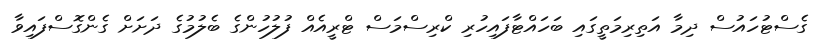
ގެސްޓުހައުސް ދިމާ އަތިރިމަތީގައި ބަހައްޓާފައިހުރި ކްރިސްމަސް ޓްރީއެއް ފުލުހުންގެ ބެލުމުގެ ދަށަށް ގެންގޮސްފައިވާ